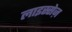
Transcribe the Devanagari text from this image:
लाइस्सेज़